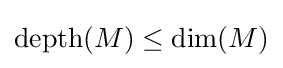
\mathrm {depth} (M)\leq \mathrm {dim} (M)